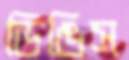
ডিঙিস